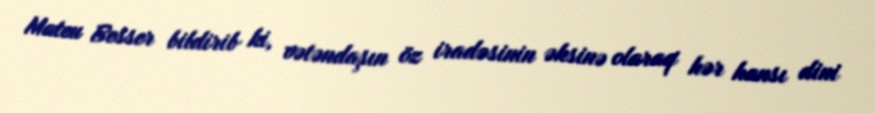
Mateu Besser bildirib ki, vətəndaşın öz iradəsinin əksinə olaraq hər hansı dini